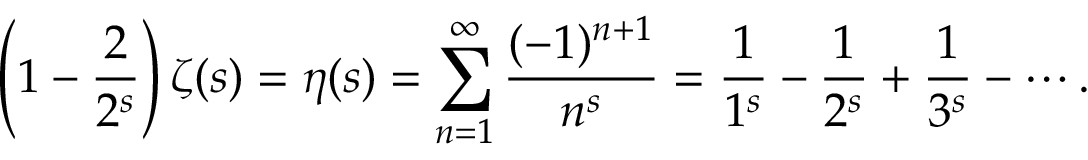
\left( 1 - { \frac { 2 } { 2 ^ { s } } } \right) \zeta ( s ) = \eta ( s ) = \sum _ { n = 1 } ^ { \infty } { \frac { ( - 1 ) ^ { n + 1 } } { n ^ { s } } } = { \frac { 1 } { 1 ^ { s } } } - { \frac { 1 } { 2 ^ { s } } } + { \frac { 1 } { 3 ^ { s } } } - \cdots .